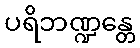
ပရိဘဏ္ဍန္တေ